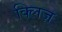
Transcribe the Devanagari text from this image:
क्लिज़